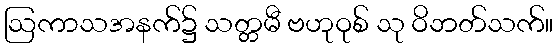
ဩကာသအနက်၌ သတ္တမီ ဗဟုဝုစ် သု ဝိဘတ်သက်။